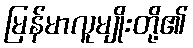
မြန်မာလူမျိုးတို့၏